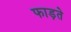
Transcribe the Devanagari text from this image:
फाड़ते